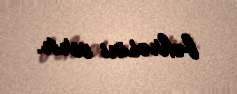
bəhrəsini verir.